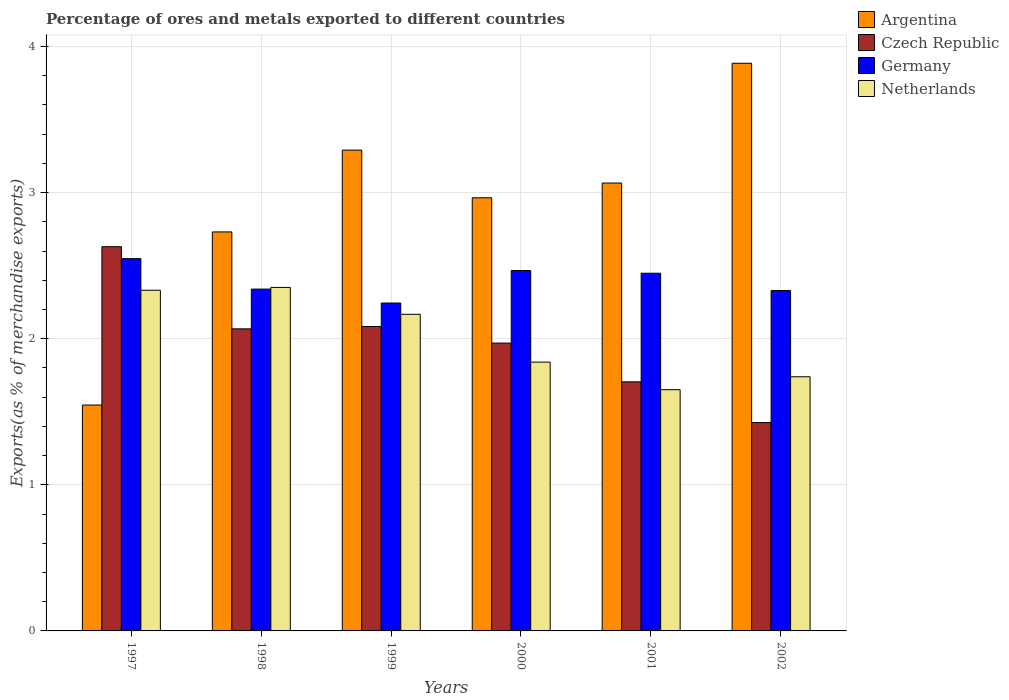
| Years | Argentina | Czech Republic | Germany | Netherlands |
 | --- | --- | --- | --- | --- |
 | 1997 | 1.55 | 2.63 | 2.55 | 2.33 |
 | 1998 | 2.73 | 2.07 | 2.34 | 2.35 |
 | 1999 | 3.29 | 2.08 | 2.24 | 2.17 |
 | 2000 | 2.96 | 1.97 | 2.47 | 1.84 |
 | 2001 | 3.07 | 1.7 | 2.45 | 1.65 |
 | 2002 | 3.89 | 1.43 | 2.33 | 1.74 |